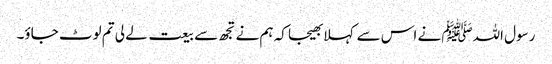
رسول اللہﷺ نے اس سے کہلا بھیجا کہ ہم نے تجھ سے بیعت لے لی تم لوٹ جاؤ۔